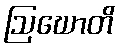
ဩဃောတိ